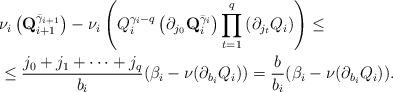
LaTeX: \begin{align*}\begin{aligned}&\nu_i\left(\mathbf{Q}_{i+1}^{{\bar\gamma}_{i+1}}\right)-\nu_i\left(Q_i^{\gamma_i-q}\left(\partial_{j_0}\mathbf{Q}_i^{{\bar\gamma}_i}\right)\prod\limits_{t=1}^q\left(\partial_{j_t}Q_i\right)\right)\le\\&\le\frac{j_0+j_1+\dots+j_q}{b_i}(\beta_i-\nu(\partial_{b_i}Q_i))=\frac b{b_i}(\beta_i-\nu(\partial_{b_i}Q_i)).\end{aligned}\end{align*}